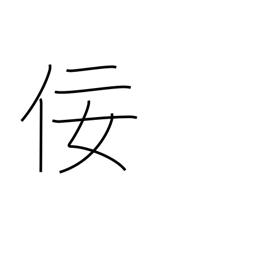
Meaning: flattery